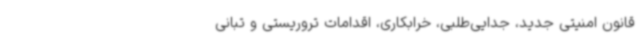
قانون امنیتی جدید، جدایی‌طلبی، خرابکاری، اقدامات تروریستی و تبانی